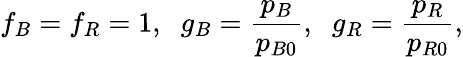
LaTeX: f_{B}=f_{R}=1,\; \; g_{B}=\frac{p_{B}}{p_{B0}},\; \; g_{R}=\frac{p_{R}}{p_{R0}},